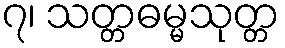
၇၊ သတ္တဓမ္မသုတ္တ